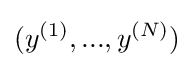
(y^{(1)},...,y^{(N)})